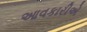
આવકારીએ